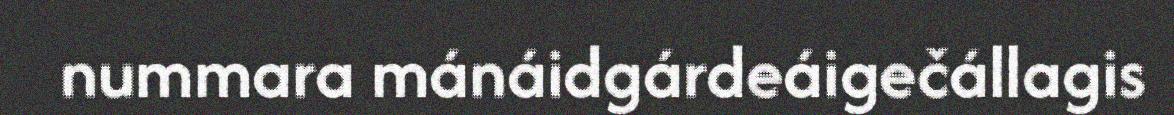
nummara mánáidgárdeáigečállagis